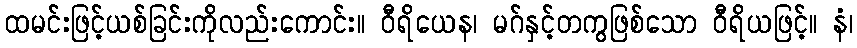
ထမင်းဖြင့်ယစ်ခြင်းကိုလည်းကောင်း။ ဝီရိယေန၊ မဂ်နှင့်တကွဖြစ်သော ဝီရိယဖြင့်။ နံ၊